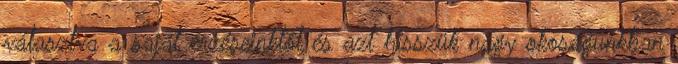
választva a saját érzéseinktől és azt hisszük nagy okoságunkban